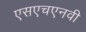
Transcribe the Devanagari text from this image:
एसएचएनवी